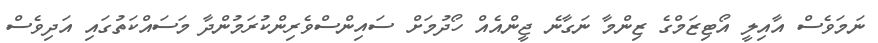
ނަމަވެސް އާއިލީ އޯޓިޒަމްގެ ޒިންމާ ނަގާނެ ޖީންއެއް ހޯދުމަށް ސައިންސްވެރިންކުރަމުންދާ މަސައްކަތުގައި އަދިވެސް